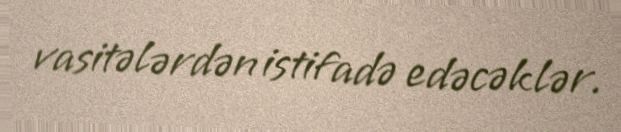
vasitələrdən istifadə edəcəklər.